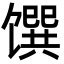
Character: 馔